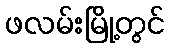
ဖလမ်းမြို့တွင်